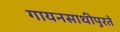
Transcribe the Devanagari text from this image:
गायनसाथीपुरते